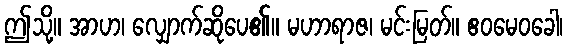
ဤသို့။ အာဟ၊ လျှောက်ဆိုပေ၏။ မဟာရာဇ၊ မင်းမြတ်။ ဧဝမေဝခေါ၊